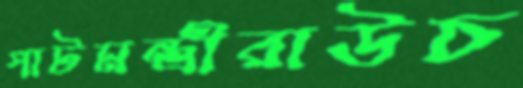
পাটমন্ত্রীরাউচ